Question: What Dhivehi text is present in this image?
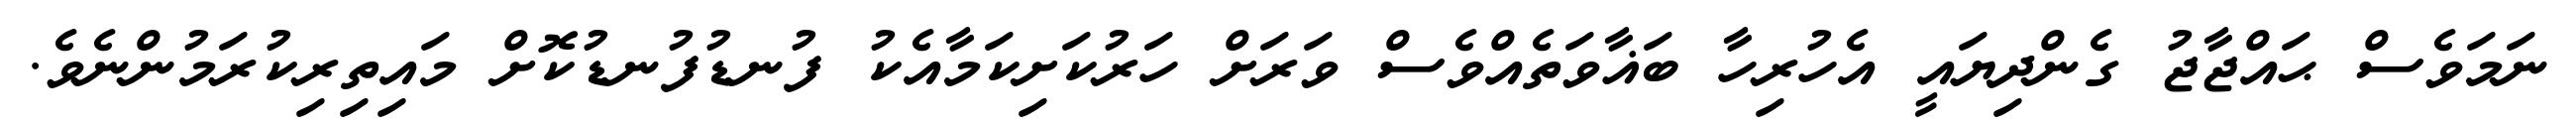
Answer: ނަމަވެސް ޙައްޖާޖު ގެންދިޔައީ އެހުރިހާ ބަޣާވަތެއްވެސް ވަރަށް ހަރުކަށިކަމާއެކު ފުނޑުފުނޑުކޮށް މައިތިރިކުރަމުންނެވެ.